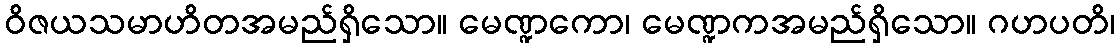
ဝိဇယသမာဟိတအမည်ရှိသော။ မေဏ္ဍကော၊ မေဏ္ဍကအမည်ရှိသော။ ဂဟပတိ၊